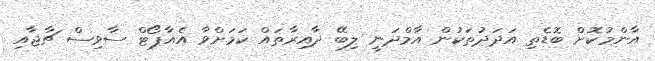
އާންމުކޮށް ބޮޑެތި އަދަދުތަކުން އާމްދަނީ ލިބޭ ދާއިރާތައް ކަމަށްވާ އެއާޕޯޓް ސާވިސް ޗާޖާއި